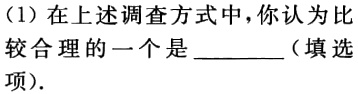
（1）在上述调查方式中，你认为比较合理的一个是 ________（填选项）.